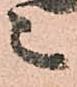
々